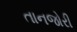
તાનજોરી